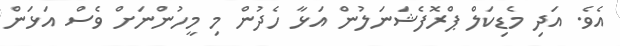
އެވެ. އަދި މެޑިކަލް ޕްރޮފެޝަނަލުން އަޅާ ހެދުން މި މީހުންނަށް ވެސް އަޅަން